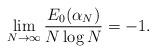
LaTeX: \begin{align*}\lim_{N\rightarrow\infty}\frac{E_{0}(\alpha_{N})}{N\log N}=-1.\end{align*}